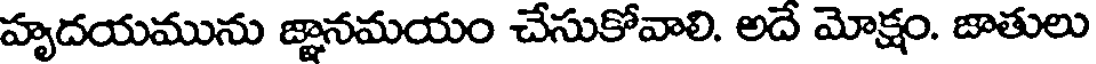
హృదయమును జ్ఞానమయం చేసుకోవాలి. అదే మోక్షం. జాతులు